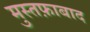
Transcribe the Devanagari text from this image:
मुस्तफ़ाबाद